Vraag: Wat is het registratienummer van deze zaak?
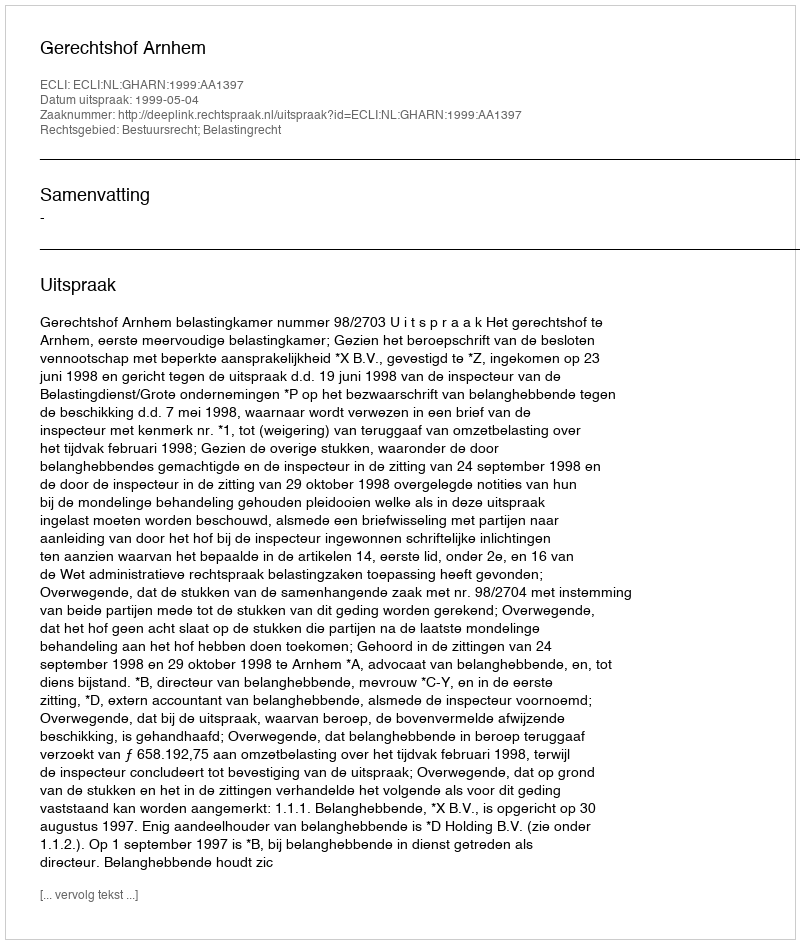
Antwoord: http://deeplink.rechtspraak.nl/uitspraak?id=ECLI:NL:GHARN:1999:AA1397